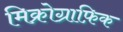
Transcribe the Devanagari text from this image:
मिक्रोग्राफ़िक